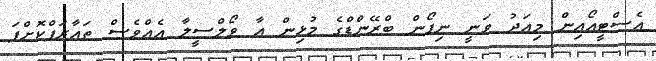
އެސްޓީއޯއިން މިއަދު ވަނީ ނިޕޯން ބްރޭންޑްގެ މުޅިން އާ ވޯލްސީލާ އެއްވެސް ތައާރަފްކޮށްފަ